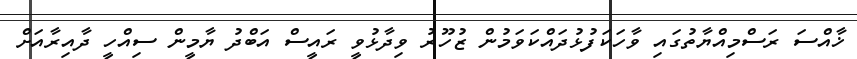
ޚާއްސަ ރަސްމިއްޔާތުގައި ވާހަކަފުޅުދައްކަވަމުން ޒުހޫރު ވިދާޅުވީ ރައީސް އަބްދު ޔާމީން ސިއްހީ ދާއިރާއަށް